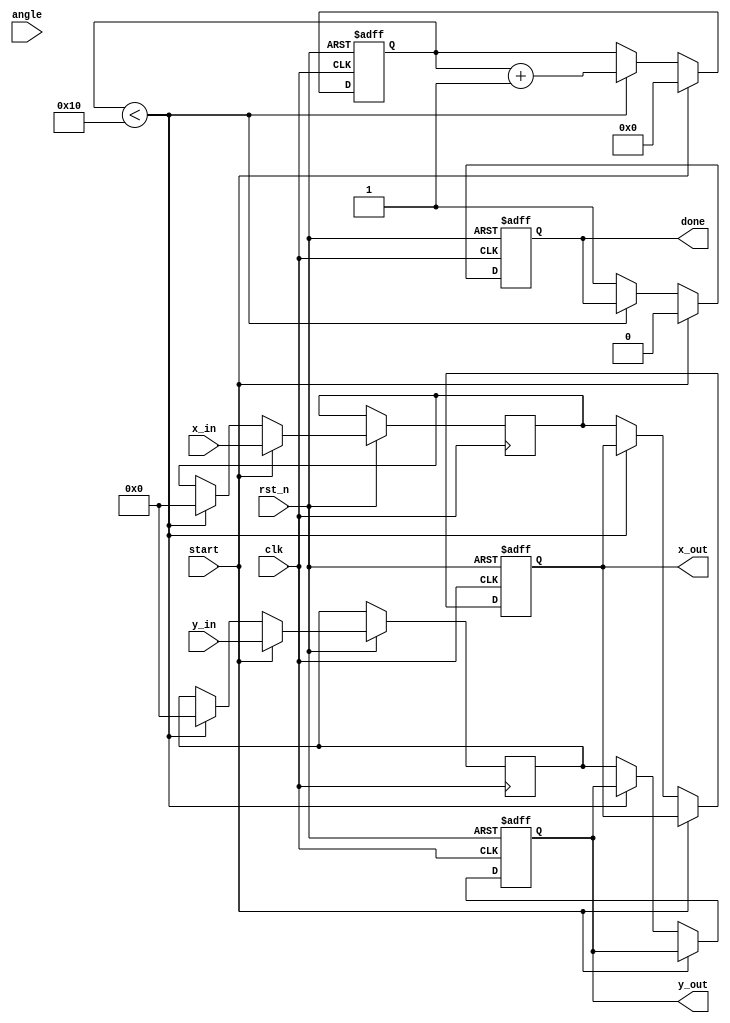
module cordic_rotational #(
    parameter WIDTH = 16,             // Width of fixed-point representation
    parameter ITERATIONS = 16         // Number of iterations
)(
    input wire clk,                   // Clock signal
    input wire rst_n,                 // Active low reset
    input wire start,                 // Start signal
    input wire [WIDTH-1:0] angle,     // Input angle (in radians)
    input wire [WIDTH-1:0] x_in,      // Input x coordinate
    input wire [WIDTH-1:0] y_in,      // Input y coordinate
    output reg [WIDTH-1:0] x_out,     // Output x coordinate
    output reg [WIDTH-1:0] y_out,     // Output y coordinate
    output reg done                   // Done signal
);

    // Scaling factors for each iteration (K_n)
    reg [WIDTH-1:0] K [0:ITERATIONS-1];
    initial begin
        K[0] = 16'h26DD; // K_0
        K[1] = 16'h1A3D; // K_1
        K[2] = 16'h0C90; // K_2
        K[3] = 16'h0632; // K_3
        K[4] = 16'h0316; // K_4
        K[5] = 16'h018C; // K_5
        K[6] = 16'h00C3; // K_6
        K[7] = 16'h0062; // K_7
        K[8] = 16'h0031; // K_8
        K[9] = 16'h0018; // K_9
        K[10] = 16'h000C; // K_10
        K[11] = 16'h0006; // K_11
        K[12] = 16'h0003; // K_12
        K[13] = 16'h0002; // K_13
        K[14] = 16'h0001; // K_14
        K[15] = 16'h0001; // K_15
    end

    // Rotation angle lookup table
    reg [WIDTH-1:0] atan_table [0:ITERATIONS-1];
    initial begin
        atan_table[0] = 16'h26DD; // atan(2^-0)
        atan_table[1] = 16'h1A3D; // atan(2^-1)
        atan_table[2] = 16'h0C90; // atan(2^-2)
        atan_table[3] = 16'h0632; // atan(2^-3)
        atan_table[4] = 16'h0316; // atan(2^-4)
        atan_table[5] = 16'h018C; // atan(2^-5)
        atan_table[6] = 16'h00C3; // atan(2^-6)
        atan_table[7] = 16'h0062; // atan(2^-7)
        atan_table[8] = 16'h0031; // atan(2^-8)
        atan_table[9] = 16'h0018; // atan(2^-9)
        atan_table[10] = 16'h000C; // atan(2^-10)
        atan_table[11] = 16'h0006; // atan(2^-11)
        atan_table[12] = 16'h0003; // atan(2^-12)
        atan_table[13] = 16'h0002; // atan(2^-13)
        atan_table[14] = 16'h0001; // atan(2^-14)
        atan_table[15] = 16'h0001; // atan(2^-15)
    end

    // Internal registers
    reg [WIDTH-1:0] x_reg, y_reg;
    reg [WIDTH-1:0] angle_reg;
    reg [3:0] iteration;
    reg [1:0] direction;

    // State machine for CORDIC operation
    always @(posedge clk or negedge rst_n) begin
        if (!rst_n) begin
            x_out <= 0;
            y_out <= 0;
            done <= 0;
            iteration <= 0;
        end else if (start) begin
            x_reg <= x_in;
            y_reg <= y_in;
            angle_reg <= angle;
            iteration <= 0;
            done <= 0;
        end else if (iteration < ITERATIONS) begin
            direction <= (angle_reg < 0) ? 2'b01 : 2'b00; // Determine rotation direction
            if (direction == 2'b01) begin
                // Counterclockwise rotation
                x_reg <= x_reg + (K[iteration] * y_reg) >> WIDTH;
                y_reg <= y_reg - (K[iteration] * x_reg) >> WIDTH;
                angle_reg <= angle_reg + atan_table[iteration];
            end else begin
                // Clockwise rotation
                x_reg <= x_reg - (K[iteration] * y_reg) >> WIDTH;
                y_reg <= y_reg + (K[iteration] * x_reg) >> WIDTH;
                angle_reg <= angle_reg - atan_table[iteration];
            end
            iteration <= iteration + 1;
        end else begin
            x_out <= x_reg;
            y_out <= y_reg;
            done <= 1;
        end
    end

endmodule